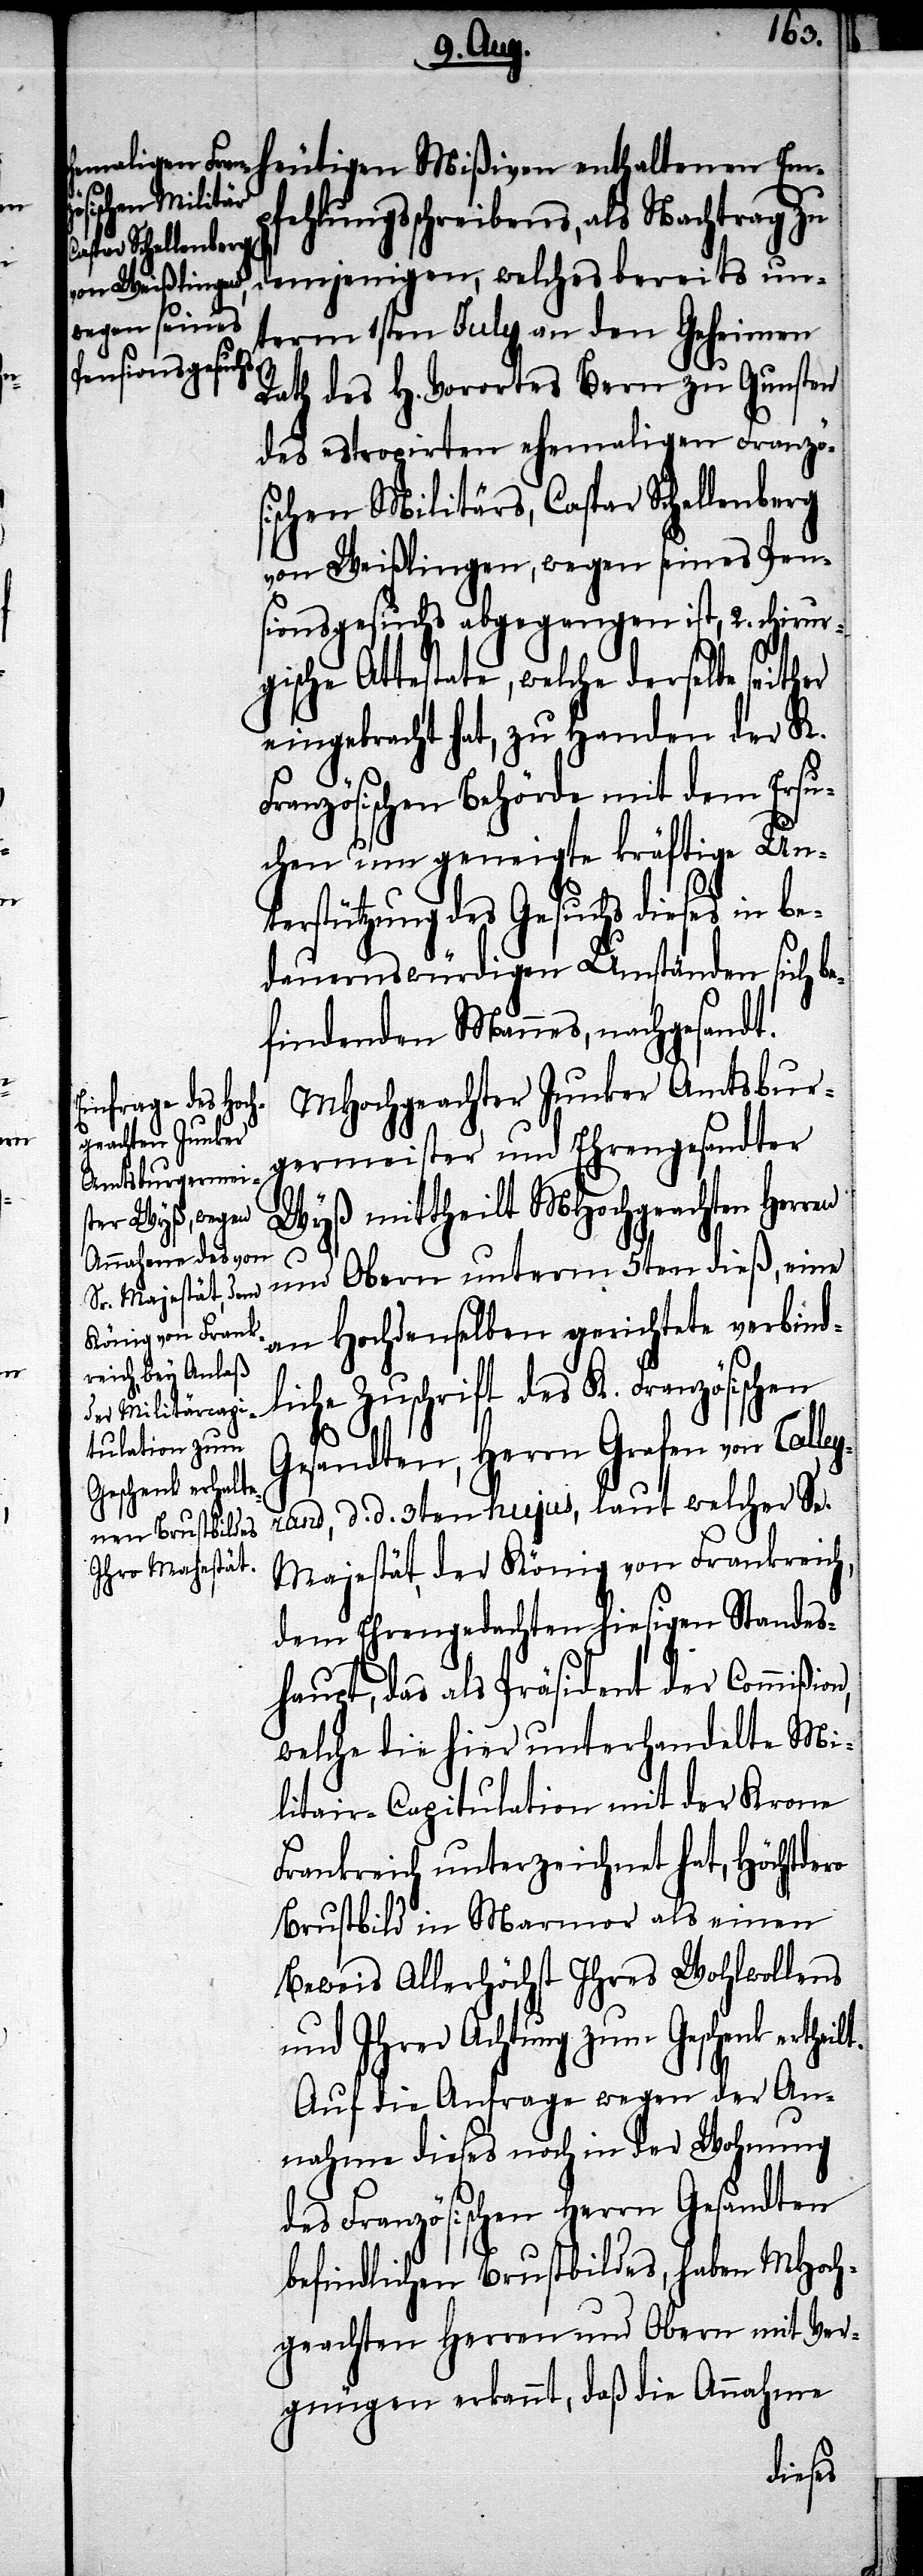
t.

ro

ösischen Militär¬
fehlungsschreibens, als Nachtrag zu
Caspar Schellenberg
demjenigen, welches bereits un¬
term 1sten July an den Geheimen
Rath des H. Vorortes Bern zu Gunsten
des estropirten ehemaligen Franz¬
von Weißlingen, wegen seines Pen¬
sionsgesuchs abgegangen ist, 2. chirur¬
gische Attestate, welche derselbe seither
eingebracht hat, zu Handen der K.
Französischen Behörde mit dem Ersu¬
chen um geneigte kräftige Unt¬
erstützung des Gesuchs dieses in b¬
edauernswürdigen Umständen sich be¬
findenden Mannes, nachgesandt.
MHochgeachter Junker Amtsbur¬
germeister und Ehrengesandter
Wyß mittheilt MHochgeachten Herren
und Obern unterm 5ten dieß, eine
an Hochdenselben gerichtete verbind¬
liche Zuschrift des K. Französischen
Gesandten, Herrn Grafen von Talle¬
yrand, d. d. 3ten hujus, laut welcher Se.
Majestät, der König von Frankreich,
dem Ehrengedachten hiesigen Standes¬
haupt, das als Präsident der Commißion,
welche die hier unterhandelte Mi¬
litair-Capitulation mit der Krone
Frankreich unterzeichnet hat, Höchstde¬
Brustbild in Marmor als einen
Beweis Allerhöchst Ihres Wohlwollens
und Ihrer Achtung zum Geschenk ertheil¬
Auf die Anfrage wegen der An¬
nahme dieses noch in der Wohnung
des Französischen Herrn Gesandten
befindlichen Brustbildes, haben MHoch¬
geachten Herren und Obern mit Ver¬
gnügen erkannt, daß die Annahme